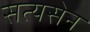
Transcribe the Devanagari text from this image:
सत्यसेन